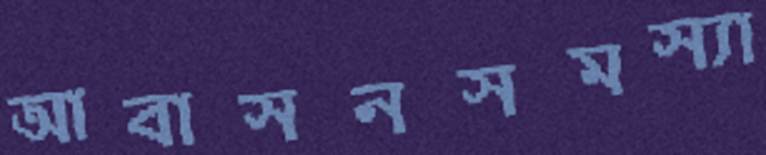
আবাসনসমস্যা